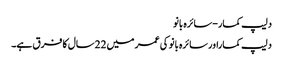
دلیپ کمار-سائرہ بانو
دلیپ کماراورسائرہ بانو کی عمر میں 22سال کا فرق ہے۔